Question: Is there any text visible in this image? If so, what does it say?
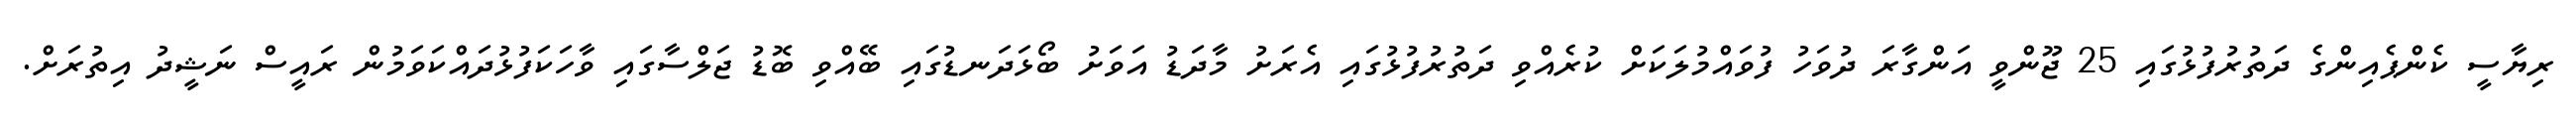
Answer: ރިޔާސީ ކެންޕެއިންގެ ދަތުރުފުޅުގައި 25 ޖޫންވީ އަންގާރަ ދުވަހު ފުވައްމުލަކަށް ކުރެއްވި ދަތުރުފުޅުގައި އެރަށު މާދަޑު އަވަށު ބޯޅަދަނޑުގައި ބޭއްވި ބޮޑު ޖަލްސާގައި ވާހަކަފުޅުދައްކަވަމުން ރައީސް ނަޝީދު އިތުރަށް.